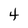
Character: 4